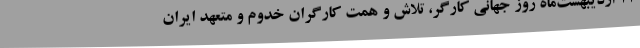
11 ارديبهشت‌ماه روز جهاني كارگر، تلاش و همت كارگران خدوم و متعهد ايران